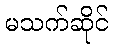
မသက်ဆိုင်